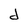
Character: d